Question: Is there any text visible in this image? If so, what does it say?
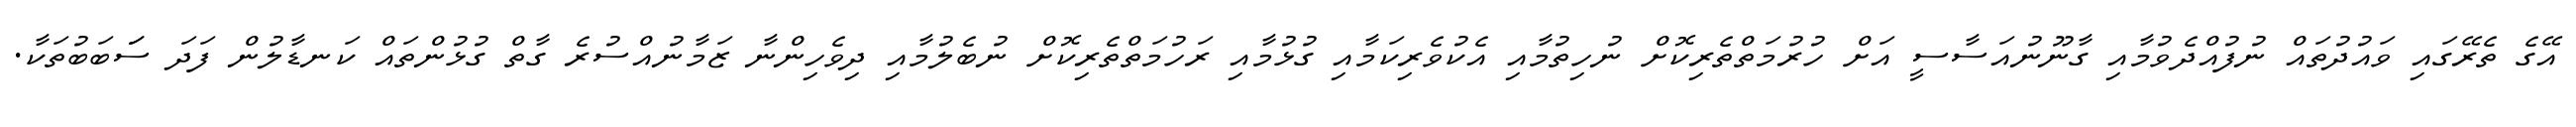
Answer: އޭގެ ތެރޭގައި ވައުދުތައް ނުފުއްދެވުމާއި ގާނޫނުއަސާސީ އަށް ހުރުމަތްތެރިކޮށް ނުހިތުމާއި އެކުވެރިކަމާއި ގުޅުމާއި ރަހުމަތްތެރިކޮށް ނުބެލުމާއި ދިވެހިންނާ ޒަމާނުއްސުރެ ގާތް ގުޅުންތައް ކަނޑާލުން ފަދަ ސަަބަބުތަކާ.